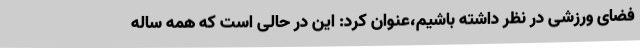
فضای ورزشی در نظر داشته باشیم،عنوان کرد: این در حالی است که همه ساله